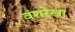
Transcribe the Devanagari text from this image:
वंशरेखा